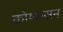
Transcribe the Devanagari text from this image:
कोय्यासन